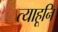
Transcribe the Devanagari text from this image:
त्याहूनि